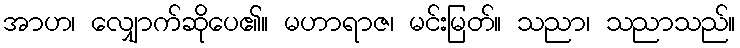
အာဟ၊ လျှောက်ဆိုပေ၏။ မဟာရာဇ၊ မင်းမြတ်။ သညာ၊ သညာသည်။